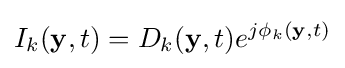
I_{k}(\mathbf {y} ,t)=D_{k}(\mathbf {y} ,t)e^{j\phi _{k}(\mathbf {y} ,t)}